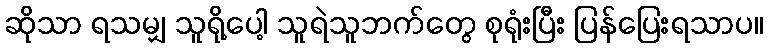
ဆိုသာ ရသမျှ သူရို့ပေါ့ သူရဲသူဘက်တွေ စုရုံးပြီး ပြန်ပြေးရသာပ။